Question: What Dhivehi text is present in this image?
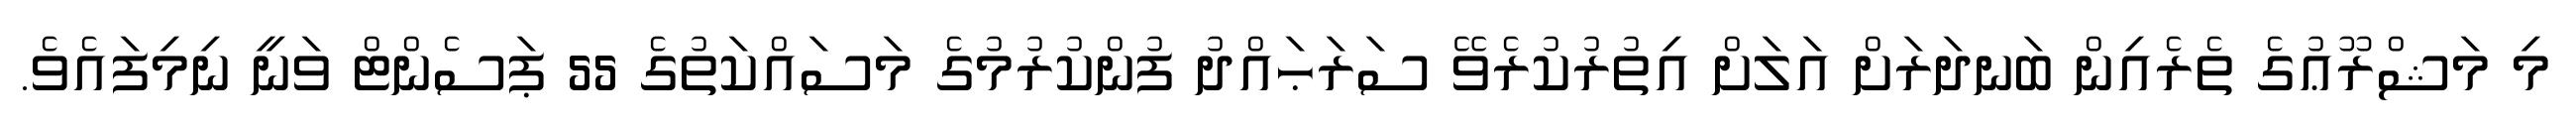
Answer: މި މަޝްރޫޢުގެ ތެރެއިން ބަނދަރަށް އަލަށް އިތުރުކުރެވޭ ސަރަޙައްދު ފުންކުރުމުގެ މަސައްކަތުގެ 55 ޕަސެންޓް ވަނީ ނިމިފައެވެ.